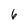
Character: 6